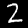
Label: 2